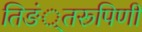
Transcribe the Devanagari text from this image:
तिङं्तरूपिणी